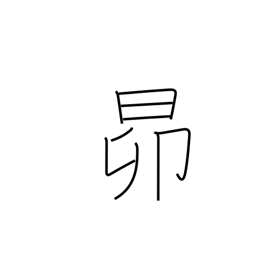
Meaning: the Pleiades